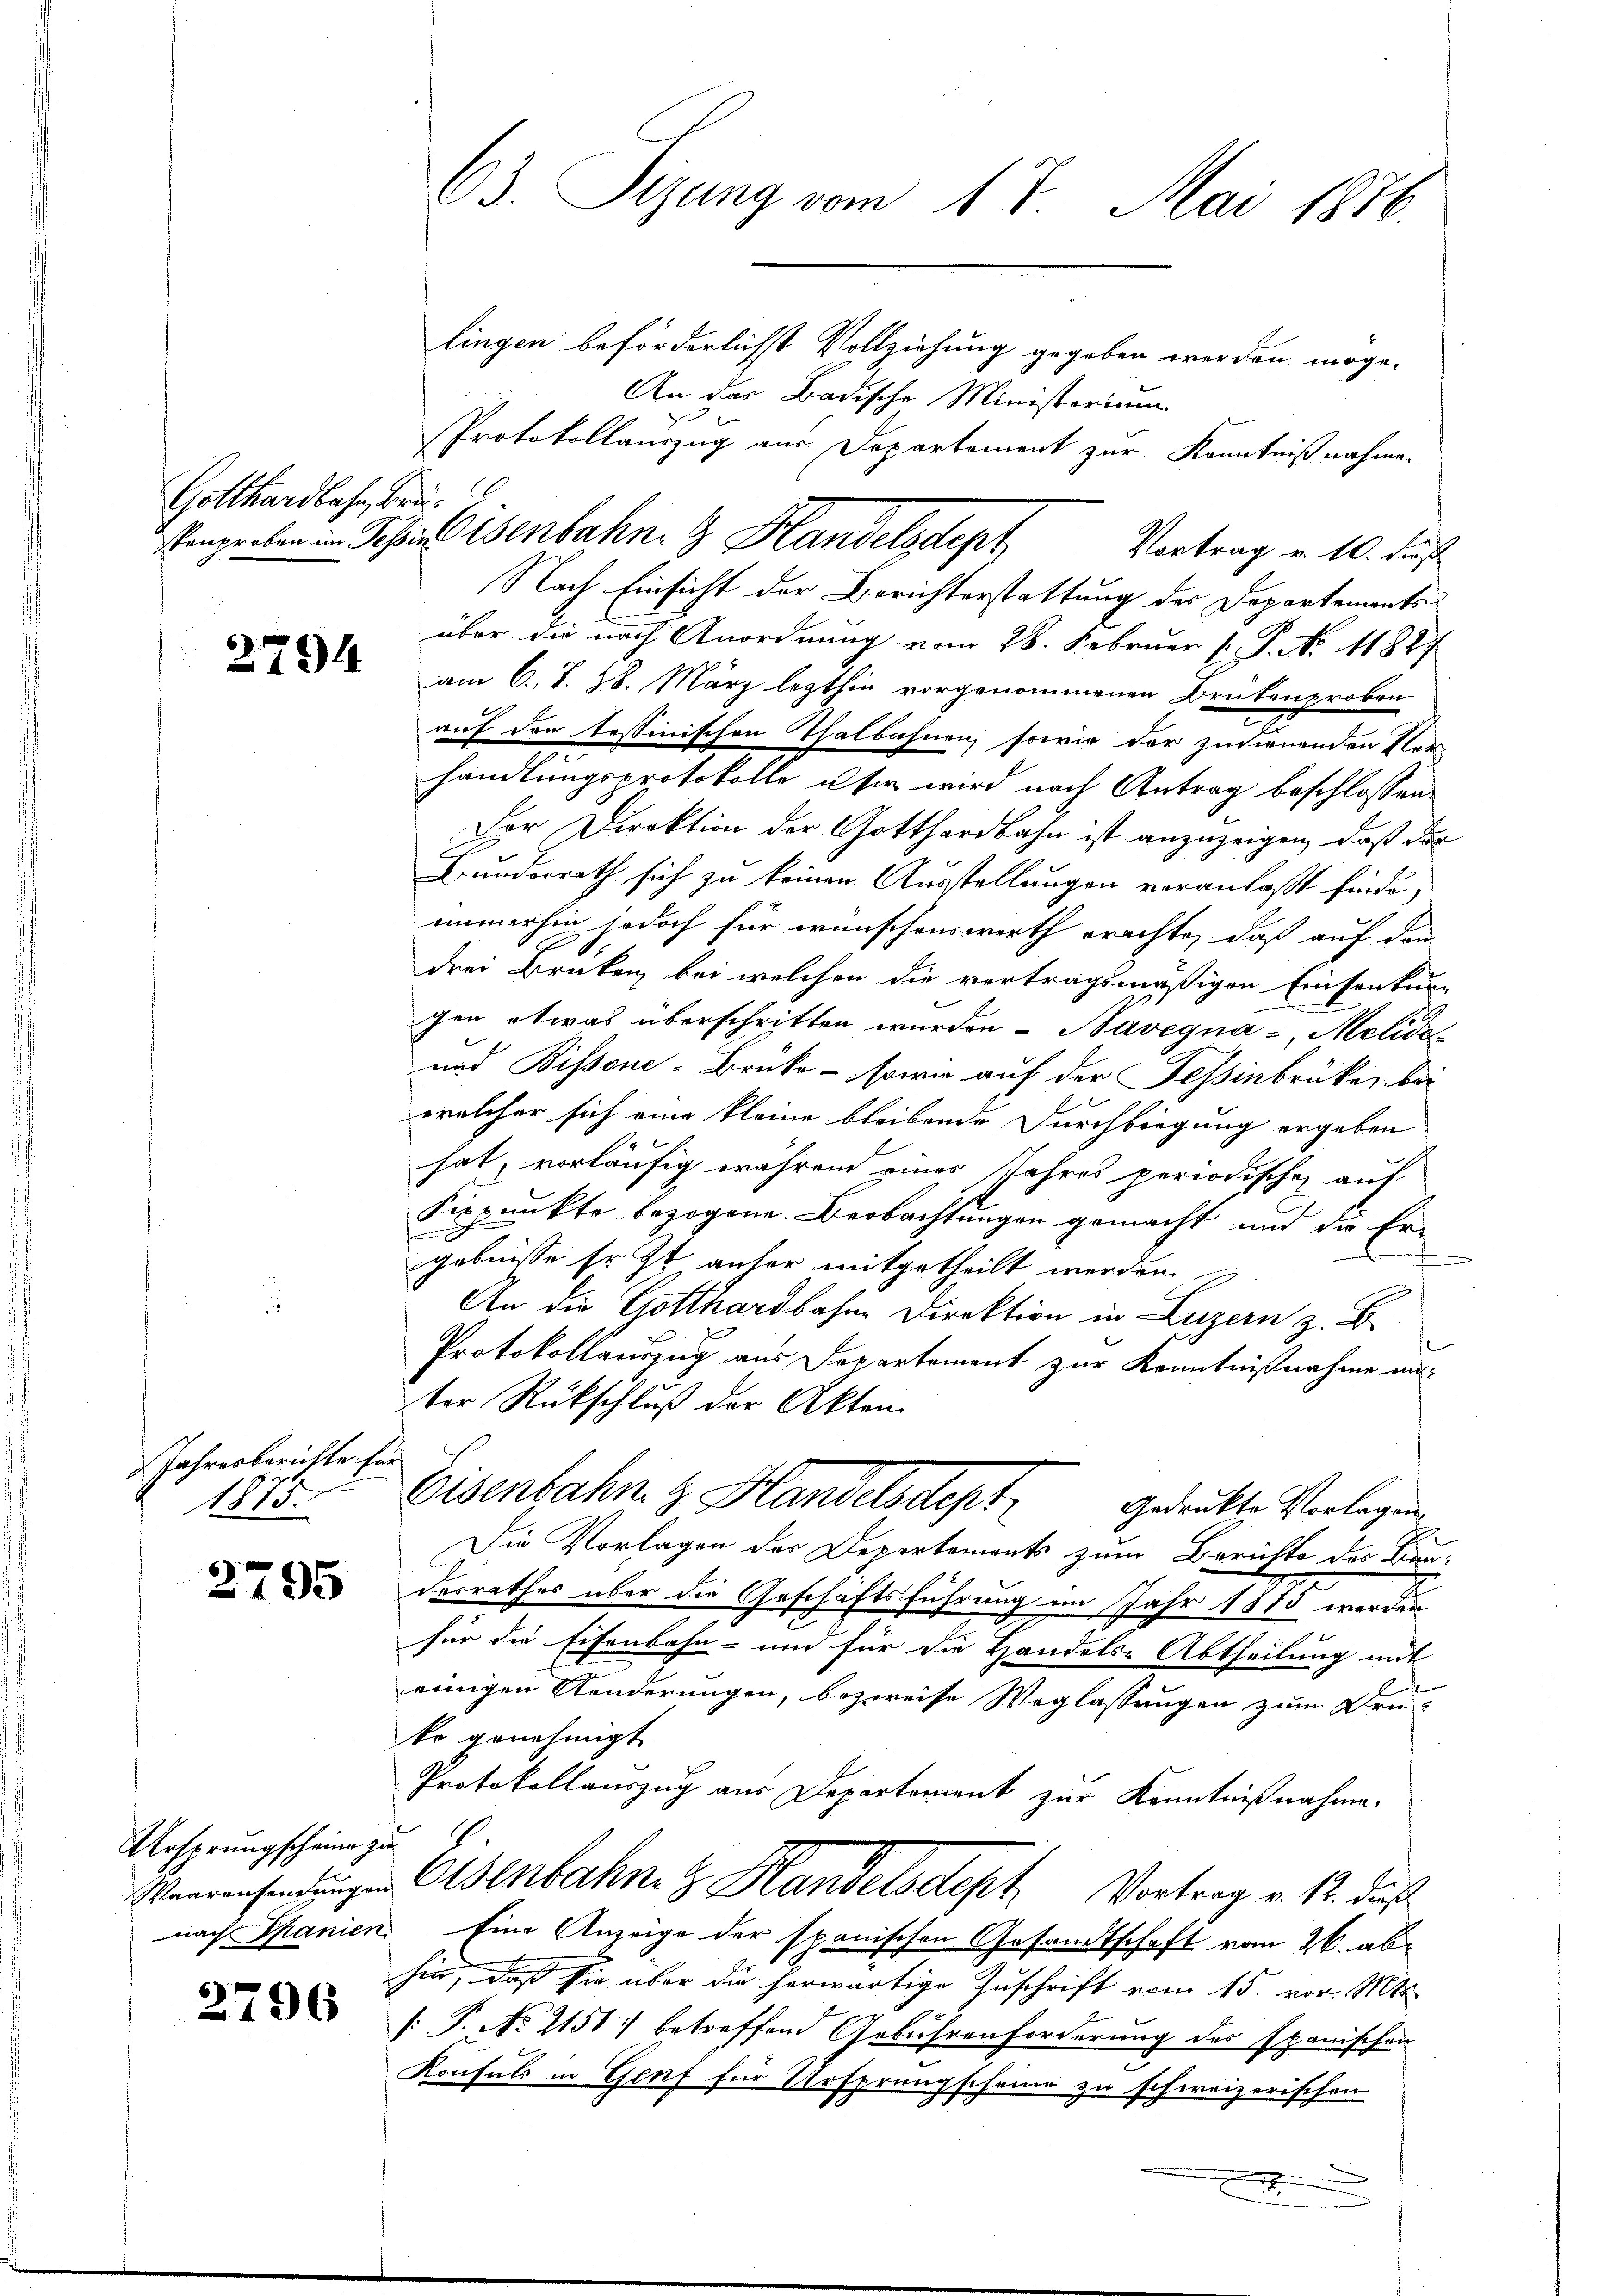
Gotthardbahn, Bru¬

2794

Jahresberichte für
11

2795

Ursprungscheine zu
Waarensendungen

2796

63. Sizung vom 17. Mai 1876.

lingen beförderlichst Vollziehung gegeben werden möge.
An das Badische Ministerium
Protokollauszug aus Departement zur Kenntniß nahmen
über die nach Anordnung vom 28. Februar P. P. No 11827
am 6. S. 78. März lezthin vorgenommenen Brükenproben
auf den tessinischen Thalbahnen, sowie der zusienenden Ver
handlungsprotokolle user wird nach Antrag beschlossen:
Der Direktion der Gotthardbahn ist anzuzeigen, daß der
Bunderrath sich zu keinen Ausstellungen veranlaßt finde,
immerhin jedoch für wünschenswerth erachte, daß auf den
drei Brüken bei welchen die vertragsmäßigen Einsenkun-
gen etwas überschritten wurden - Bavegna - Melide
und Bissone-Brüke - sowie auf der Fessinbrücke bei
welcher sich eine kleine bleibende Durchbiegung ergeben
hat, vorläufig während eines Jahres periodischen auf
Fixpunkte bezogene Beobachtungen gemacht und die Ergebnisse Er zt aufer mitgetheilt werden
An die Gotthardbahne Direktion in Luzern z. B.
.
Protokollauszug aus Departement zur Kenntnißnahme unter Rückschluß der Akten.
Eisenbahn z. Handels dept
Gedruckte Vorlagen
Die Vorlagen des Departements zum Berichte der Bunt
desrathes über die Geschäftsführung im Jahr 1883 werden
für die Eisenbahn- und für die Handels-Abtheilung mit
einigen Kinderungen, bezweife Weglassungen zum Druko genehmigt
Protokollauszug aus Departement zur Kenntnißnahme.
Osenbahn z. Handelsdept. Vortrag v. 12. daß
nach Spanien Eine Anzeige der spanischen Gesandtschaft vom 26. abhin, daß sie über die herwärtige Zuschrift vom 15. vor. Mts.
[ P. No 2151) betreffend Gebührenforderung des Spanischen
Konsuls in Genf für Ursprungscheine zu schweizerischen
7

Kanproben in Schineisenbahn. 3 Handelssept Vertrag v. 10. Fuß
Nach Einsicht der Berichterstattung der Departements